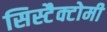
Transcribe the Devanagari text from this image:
सिस्टैक्टोमी